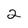
Character: 2